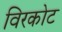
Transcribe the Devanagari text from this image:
विरकोट